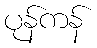
ပုန်ကန်